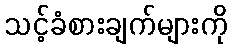
သင့်ခံစားချက်များကို